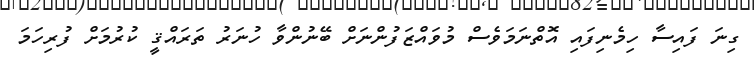
ގިނަ ފައިސާ ހިމެނިފައި އޮތްނަމަވެސް މުވައްޒަފުންނަށް ބޭނުންވާ ހުނަރު ތަރައްޤީ ކުރުމަށް ފުރިހަމަ